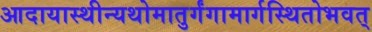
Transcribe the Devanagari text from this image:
आदायास्थीन्यथोमातुर्गंगामार्गस्थितोभवत्